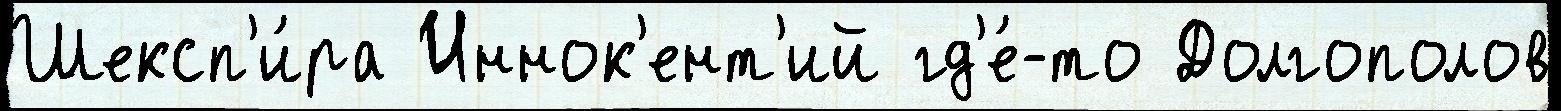
Шексп'и́ра Иннок'ент'ий гд'е́-то Долгополов